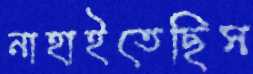
নাহাইতেছিস